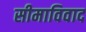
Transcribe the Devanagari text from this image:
सीमाविवाद